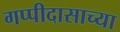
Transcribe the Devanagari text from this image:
गप्पीदासाच्या